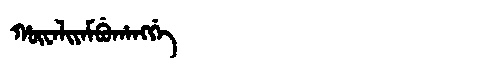
Manchu: ᡥᡡᠸᠠᠯᡳᠶᠠᠮᠪᡠᡥᠠᠩᡤᡝ
Romanization: HŪWALIYAMBUHANGGE